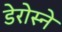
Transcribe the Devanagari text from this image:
डेरोस्ने